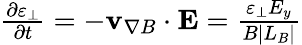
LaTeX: \begin{array}{r}{\frac{\partial\varepsilon_{\perp}}{\partial t}=-{\mathbf v_{\nabla B}}\cdot{\mathbf E}=\frac{\varepsilon_{\perp}E_{y}}{B|L_{B}|}}\end{array}